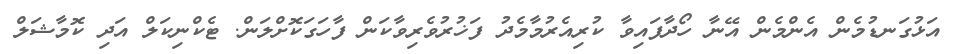
އަޅުގަނޑުމެން އެންމެން އޭނާ ހޯދާފައިވާ ކުރިއެރުމާމެދު ފަޚުރުވެރިވާކަން ފާހަގަކޮށްލަން. ޓެކްނިކަލް އަދި ކޮމާޝަލް